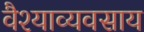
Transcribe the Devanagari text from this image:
वैश्याव्यवसाय